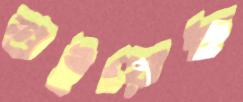
শুইয়েছ